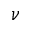
\nu